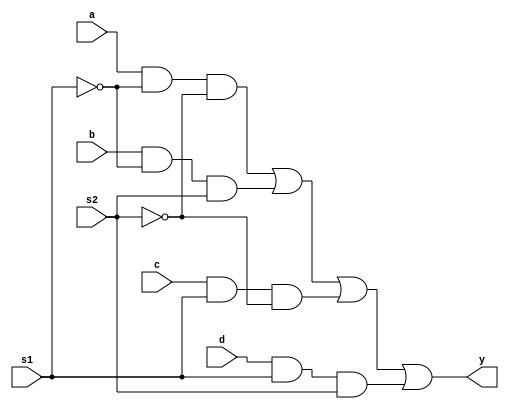
module mux4x1(input a,b,c,d,s1,s2,output y);

not (s1bar,s1);
not (s2bar,s2);
and (w1,a,s1bar,s2bar);
and (w2,b,s1bar,s2);
and (w3,c,s1,s2bar);
and (w4,d,s1,s2);
or (y,w1,w2,w3,w4);

endmodule